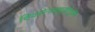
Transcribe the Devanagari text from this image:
शिवसेनाप्रमुखांमुळेच